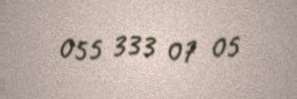
055 333 07 05